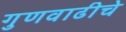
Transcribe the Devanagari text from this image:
गुणवाढीचे